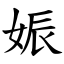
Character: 娠